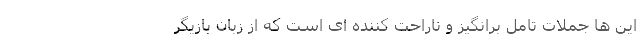
این ها جملات تامل برانگیز و ناراحت کننده ای است که از زبان بازیگر